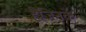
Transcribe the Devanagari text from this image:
हैंजिनके